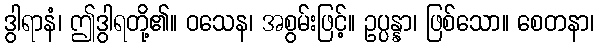
ဒွါရာနံ၊ ဤဒွါရတို့၏။ ဝသေန၊ အစွမ်းဖြင့်။ ဥပ္ပန္နာ၊ ဖြစ်သော။ စေတနာ၊